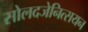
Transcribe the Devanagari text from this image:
सोलदजेनित्सयन